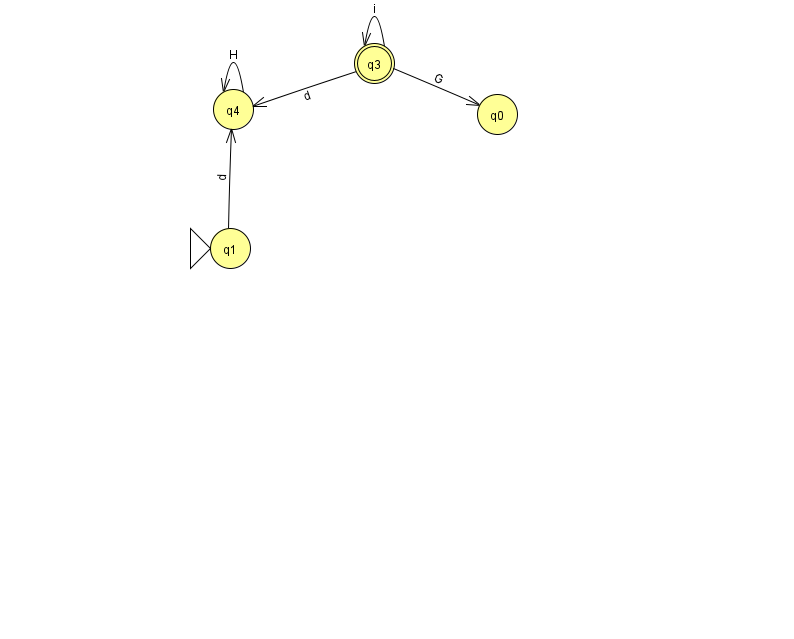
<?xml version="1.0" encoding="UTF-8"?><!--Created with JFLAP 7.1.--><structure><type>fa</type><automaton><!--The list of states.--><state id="0" name="q0"><x>497.0</x><y>101.0</y></state><state id="1" name="q1"><x>230.0</x><y>235.0</y><initial/></state><state id="3" name="q3"><x>374.0</x><y>50.0</y><final/></state><state id="4" name="q4"><x>233.0</x><y>96.0</y></state><!--The list of transitions.--><transition><from>3</from><to>0</to><read>G</read></transition><transition><from>1</from><to>4</to><read>d</read></transition><transition><from>4</from><to>4</to><read>H</read></transition><transition><from>3</from><to>3</to><read>i</read></transition><transition><from>3</from><to>4</to><read>d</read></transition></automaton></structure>